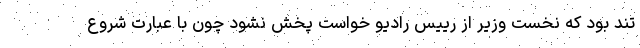
تند بود که نخست وزیر از رییس رادیو خواست پخش نشود چون با عبارت شروع